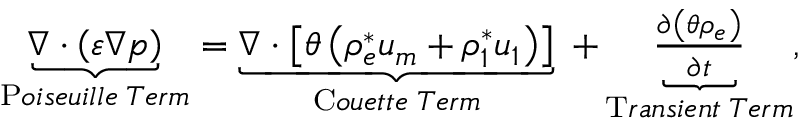
\begin{array} { r } { \underbrace { \boldsymbol { \nabla } \cdot \left( { \varepsilon } \boldsymbol { \nabla } p \right) } _ { \mathrm { P } o i s e u i l l e \; T e r m } = \underbrace { \boldsymbol { \nabla } \cdot \left[ \theta \left( { \rho _ { e } ^ { * } } \boldsymbol { u _ { m } } + { \rho _ { 1 } ^ { * } } \boldsymbol { u _ { 1 } } \right) \right] } _ { \mathrm { C } o u e t t e \; T e r m } \; + \underbrace { \frac { \partial \left( \theta \rho _ { e } \right) } { \partial t } } _ { \mathrm { T } r a n s i e n t \; T e r m } , } \end{array}